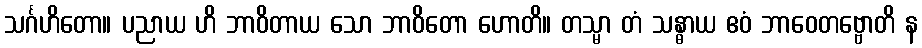
သင်္ဂဟိတော။ ပညာယ ဟိ ဘာဝိတာယ သော ဘာဝိတော ဟောတိ။ တသ္မာ တံ သန္ဓာယ ဧဝံ ဘာဝေတဗ္ဗောတိ န